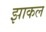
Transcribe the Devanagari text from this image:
झाकल